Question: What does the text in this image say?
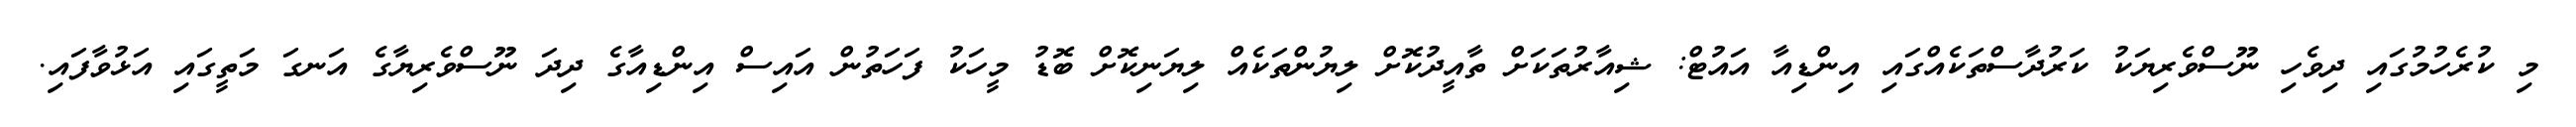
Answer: މި ކުރެހުމުގައި ދިވެހި ނޫސްވެރިޔަކު ކަރުދާސްތަކެއްގައި އިންޑިއާ އައުޓް: ޝިއާރުތަކަށް ތާއީދުކޮށް ލިޔުންތަކެއް ލިޔަނިކޮށް ބޮޑު މީހަކު ފަހަތުން އައިސް އިންޑިއާގެ ދިދަ ނޫސްވެރިޔާގެ އަނގަ މަތީގައި އަޅުވާފައި.